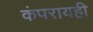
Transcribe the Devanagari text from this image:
कंपरायही